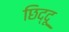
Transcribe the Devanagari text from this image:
छिद्दू